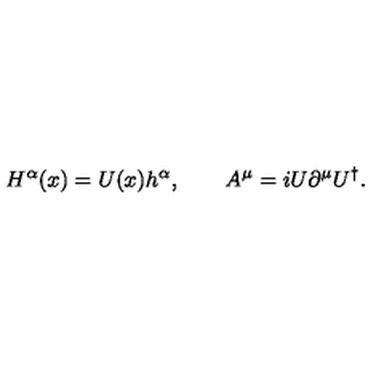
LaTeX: H ^ { \alpha } ( x ) = U ( x ) h ^ { \alpha } , \qquad A ^ { \mu } = i U \partial ^ { \mu } U ^ { \dagger } .